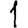
Digit: 1